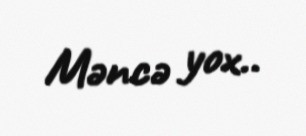
Məncə yox..